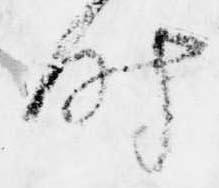
時